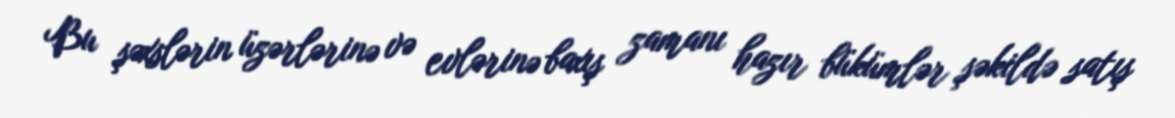
Bu şəxslərin üzərlərinə və evlərinə baxış zamanı hazır bükümlər şəkildə satış